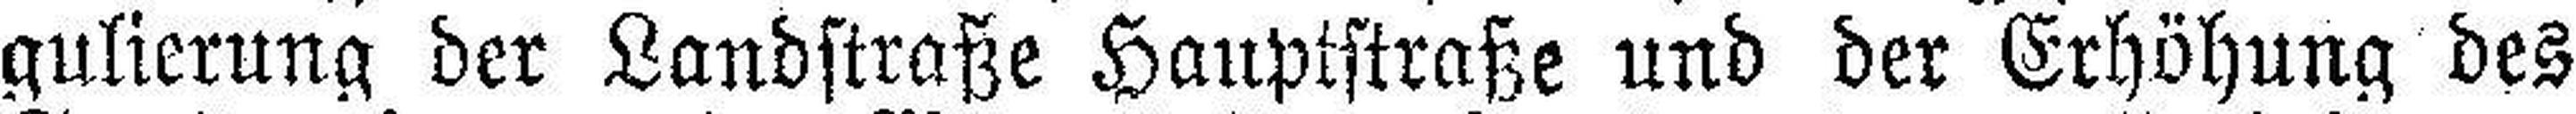
gulierung der Landstraße Hauptstraße und der Erhöhung des